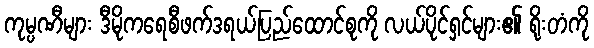
ကုမ္ပဏီများ ဒီမိုကရေစီဖက်ဒရယ်ပြည်ထောင်စုကို လယ်ပိုင်ရှင်များ၏ ရိုးတံကို